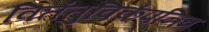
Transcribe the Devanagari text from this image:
वितंतुविकंपनित्र